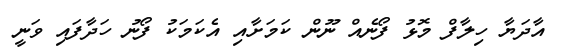
އާދަޔާ ހިލާފް މޮޅު ފޯނެއް ނޫން ކަމަށާއި އެކަމަކު ފޯނު ހަދާފައި ވަނީ